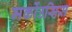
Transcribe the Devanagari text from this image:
मर्कोउसिस